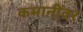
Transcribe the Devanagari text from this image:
कमानींवर